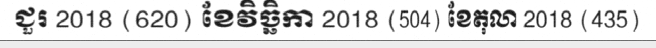
ជួរ 2018 (620) ខែវិច្ឆិកា 2018 (504) ខែតុលា 2018 (435)